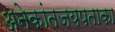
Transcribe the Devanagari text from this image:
अनेकांतजयपताका